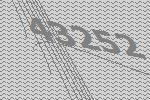
43252